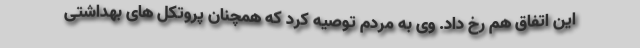
این اتفاق هم رخ داد. وی به مردم توصیه کرد که همچنان پروتکل های بهداشتی